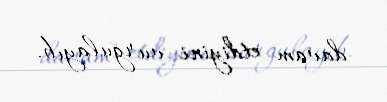
davam etdiyini vurğulayıb.